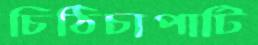
চিঠিচাপাটি